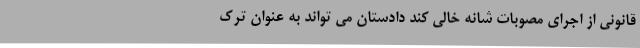
قانونی از اجرای مصوبات شانه خالی کند دادستان می تواند به عنوان ترک